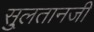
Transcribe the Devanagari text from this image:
सु्लतानजी